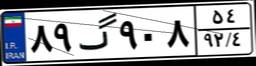
۶۷گ۵۵۴۸۴